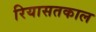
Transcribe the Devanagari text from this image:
रियासतकाल